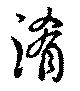
淆